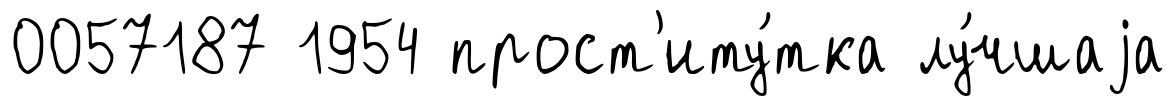
0057187 1954 прост'иту́тка лу́чшаjа